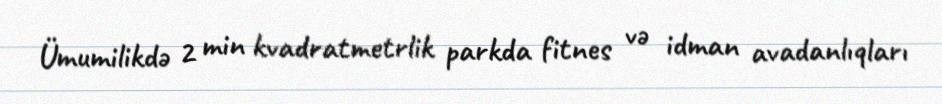
Ümumilikdə 2 min kvadratmetrlik parkda fitnes və idman avadanlıqları